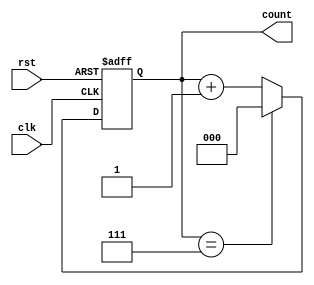
module up_counter_moore (
    input wire clk,      // Clock signal
    input wire rst,      // Asynchronous reset signal
    output reg [2:0] count // 3-bit output representing the current count
);

// State transition logic
always @(posedge clk or posedge rst) begin
    if (rst) begin
        count <= 3'b000; // Reset the counter to 0
    end else begin
        if (count == 3'b111) begin
            count <= 3'b000; // Wrap around to 0 when reaching maximum count
        end else begin
            count <= count + 1; // Increment the count
        end
    end
end

endmodule